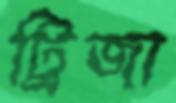
ট্রিজা